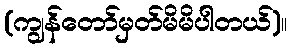
(ကျွန်တော်မှတ်မိမိပါတယ်)။